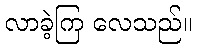
လာခဲ့ကြ လေသည်။